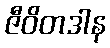
ဇီဝိတဒါန